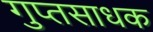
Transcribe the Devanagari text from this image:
गुप्तसाधक